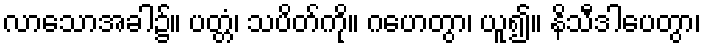
လာသောအခါ၌။ ပတ္တံ၊ သပိတ်ကို။ ဂဟေတွာ၊ ယူ၍။ နိသီဒါပေတွာ၊